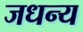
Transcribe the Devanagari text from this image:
जधन्य